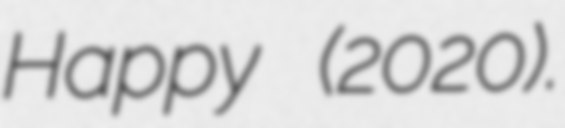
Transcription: Happy (2020).